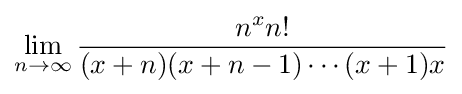
\lim _{n\to \infty }{\frac {n^{x}n!}{(x+n)(x+n-1)\cdots (x+1)x}}